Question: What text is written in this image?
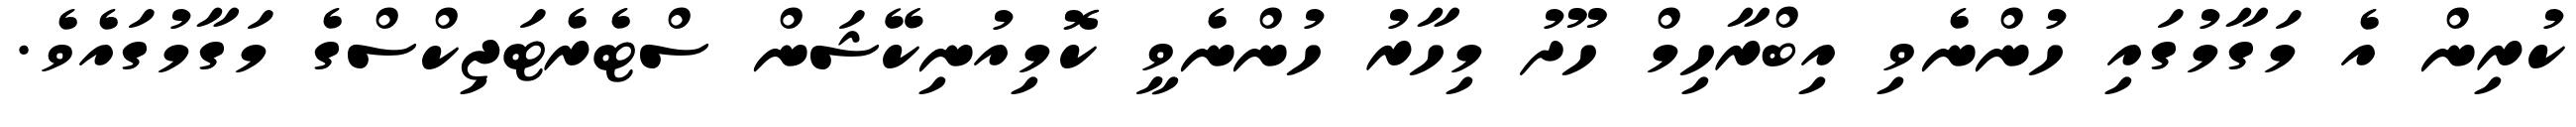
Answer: ކުރިން އެ މަގާމުގައި ހުންނެވި އިބްރާހިމް ހޫދު މިހާރު ހުންނެވީ ކޮމިއުނިކޭޝަން ސްޓެރެޓަޖިކްސްގެ މަގާމުގައެވެ.